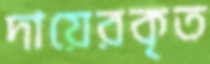
দায়েরকৃত